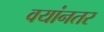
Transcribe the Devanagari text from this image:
वयांनतर